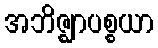
အဘိဇ္ဈာပစ္စယာ